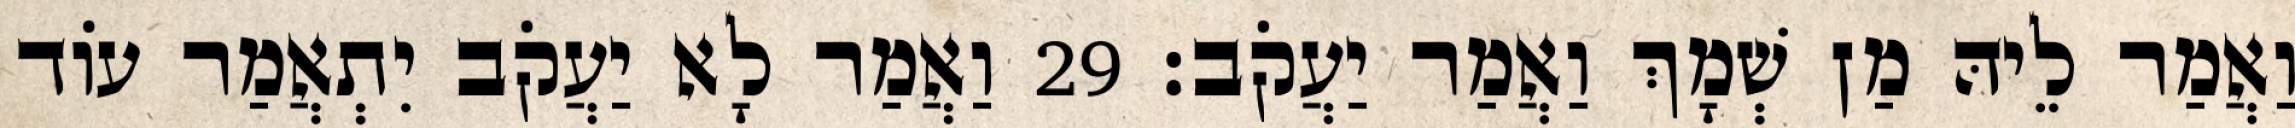
וַאֲמַר לֵיהּ מַן שְׁמָךְ וַאֲמַר יַעֲקֹב׃ 29 וַאֲמַר לָא יַעֲקֹב יִתְאֲמַר עוֹד